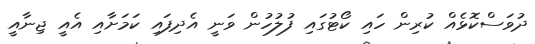
ދުވަސްކޮޅެއް ކުރިން ހައި ކޯޓުގައި ފުލުހުން ވަނީ އެދިފައި ކަމަށާއި އެއީ ޖިނާއީ